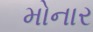
મોનાર